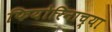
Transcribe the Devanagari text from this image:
फियोरिनाच्या